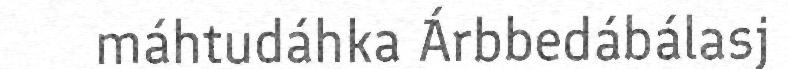
máhtudáhka Árbbedábálasj